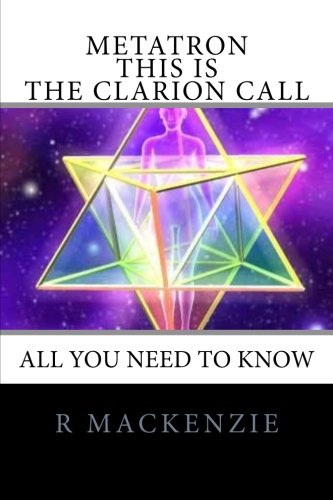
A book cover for Metatron - This is the Clarion Call: All You Need To Know; R Mackenzie; Religion & Spirituality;